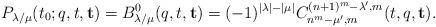
LaTeX: \begin{align*}P_{\lambda/\mu}(t_0; q ,t ,\mathbf{t})=B_{\lambda/\mu}^0 (q,t,\mathbf{t})= (-1)^{|\lambda|-|\mu|} C^{(n+1)^m-\lambda^\prime,m}_{n^m-\mu^\prime,m}(t,q,\mathbf{t}) .\end{align*}